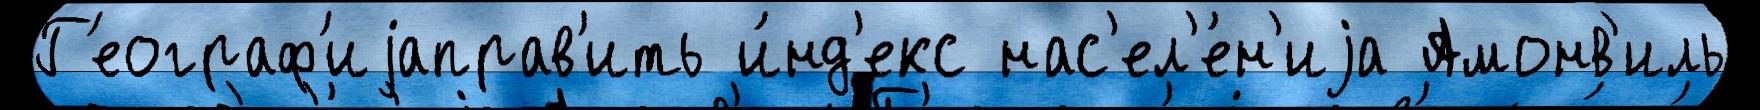
Г'еограф'иjаправ'ить и́нд'екс нас'ел'е́н'иjа Амонв'иль